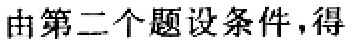
由第二个题设条件，得